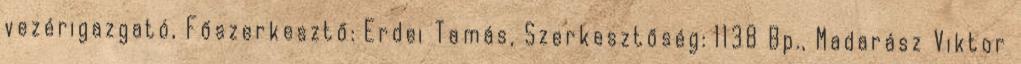
vezérigazgató, Főszerkesztő: Erdei Tamás, Szerkesztőség: 1138 Bp., Madarász Viktor